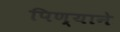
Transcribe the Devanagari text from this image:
पिण्याने